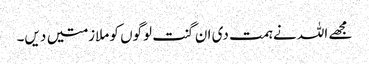
مجھے اللہ نے ہمت دی ان گنت لوگوں کو ملازمتیں دیں۔